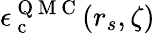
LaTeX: \epsilon_{\mathrm{~c~}}^{\mathrm{~Q~M~C~}}(r_{s},\zeta)